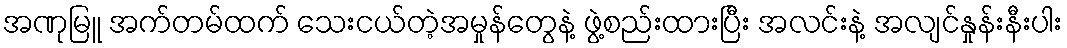
အဏုမြူ အက်တမ်ထက် သေးငယ်တဲ့အမှုန်တွေနဲ့ ဖွဲ့စည်းထားပြီး အလင်းနဲ့ အလျင်နှုန်းနီးပါး